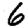
Digit: 6